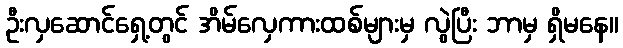
ဦးလှဆောင်ရှေ့တွင် အိမ်လှေကားထစ်များမှ လွဲပြီး ဘာမှ ရှိမနေ။